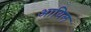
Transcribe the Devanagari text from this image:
आयिल